画像に写った文字を読んでください
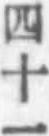
「四十一」と書いてあります